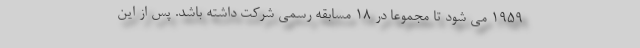
1959 می شود تا مجموعا در 18 مسابقه رسمی شرکت داشته باشد. پس از این